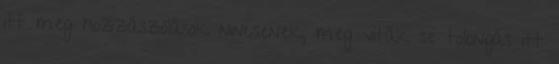
itt meg hozzászólások nincsenek, meg viták se tolongás itt